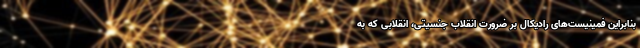
بنابراین فمینیست‌های رادیکال بر ضرورت انقلاب جنسیتی، انقلابی که به